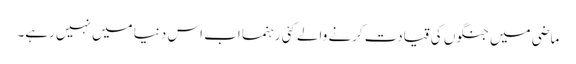
ماضی میں جنگوں کی قیادت کرنے والے کئی رہنما اب اس دنیا میں نہیں رہے۔